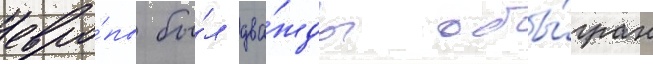
евро́пы бы́л два́жды обы́гран